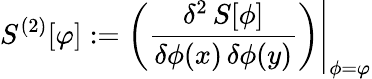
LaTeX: S^{(2)}[\varphi]:=\left.\left({\frac{\delta^{2}\, S[\phi]}{\delta\phi(x)\, \delta\phi(y)}}\right)\right|_{\phi=\varphi}